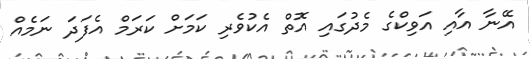
އޭނާ އާއި އަވިކްގެ މެދުގައި އޮތް އެކުވެރި ކަމަށް ކަރަމް އެފަދަ ނަމެއް